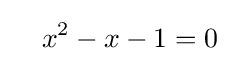
\quad x^{2}-x-1=0